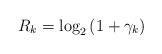
LaTeX: \begin{align*} R_{k}=\log_2\left(1+\gamma_{k}\right)\end{align*}